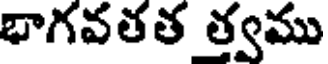
భాగవతత త్వము